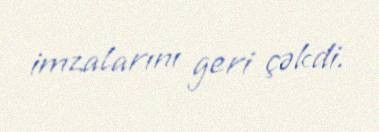
imzalarını geri çəkdi.